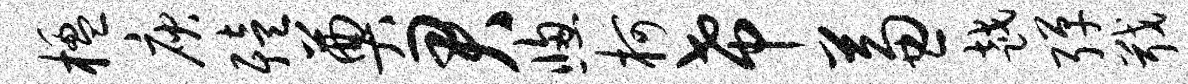
楹庾殪奠君窗柯希兼越弹戢